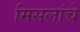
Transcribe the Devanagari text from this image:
मिसलांचे